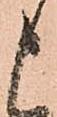
申